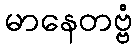
မာနေတဗ္ဗံ